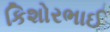
કિશોરભાઈ